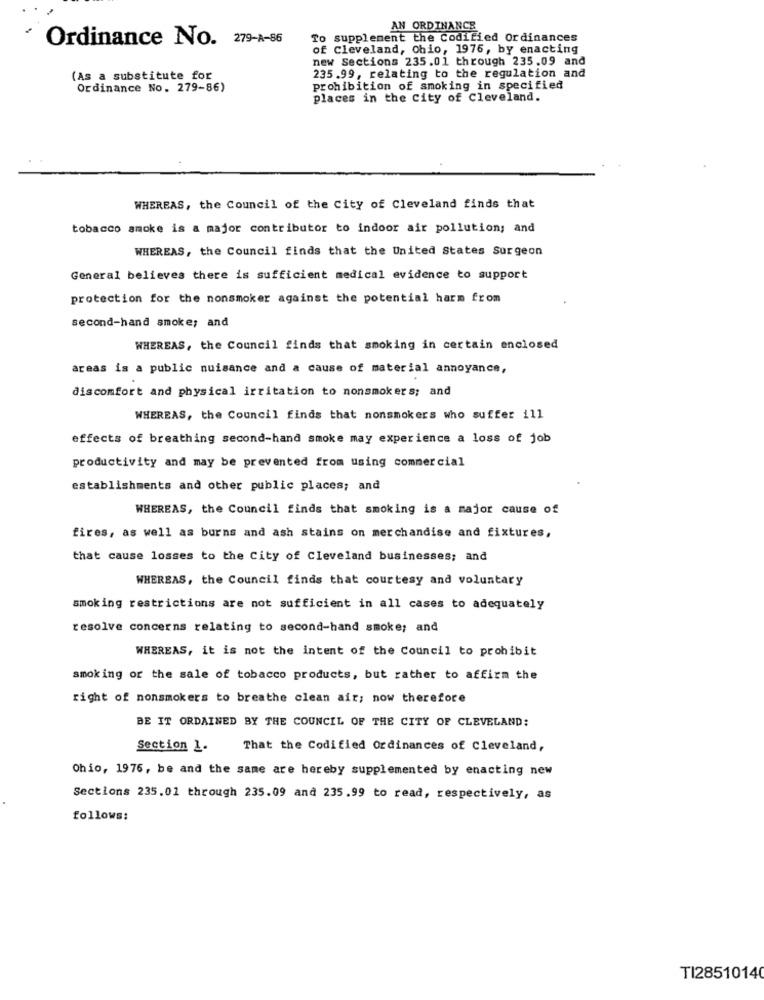
AN ORDINANCE
To supplement the Codified Ordinances
Ordinance No.
of Cleveland, Ohio, 1976, by enacting
new Sections 235.01 through 235.09 and
(As a substitute for
235.99, relating to the regulation and
Ordinance No. 279-86)
prohibition of smoking in specified
places in the City of Cleveland.
WHEREAS, the Council of the City of Cleveland finds that
tobacco smoke is a major contributor to indoor air pollution; and
WHEREAS, the Council finds that the United States Surgeon
General believes there is sufficient medical evidence to support
protection for the nonsmoker against the potential harm from
second-hand smoke; and
WHEREAS, the Council finds that smoking in certain enclosed
areas is a public nuisance and a cause of material annoyance,
discomfort and physical irritation to nonsmokers; and
WHEREAS, the Council finds that nonsmokers who suffer ill
effects of breathing second-hand smoke may experience a loss of job
productivity and may be prevented from using commercial
establishments and other public places; and
WHEREAS, the Council finds that smoking is a major cause of
fires, as well as burns and ash stains on merchandise and fixtures,
that cause losses to the City of Cleveland businesses; and
WHEREAS, the Council finds that courtesy and voluntary
smoking restrictions are not sufficient in all cases to adequately
resolve concerns relating to second-hand smoke; and
WHEREAS, it is not the intent of the Council to prohibit
smoking or the sale of tobacco products, but rather to affirm the
right of nonsmokers to breathe clean air; now therefore
BE IT ORDAINED BY THE COUNCIL OF THE CITY OF CLEVELAND:
Section 1.
That the Codified Ordinances of Cleveland,
Ohio, 1976, be and the same are hereby supplemented by enacting new
Sections 235.01 through 235.09 and 235.99 to read, respectively, as
follows:
TI28510140